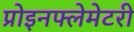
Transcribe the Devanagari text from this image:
प्रोइनफ्लेमेटरी